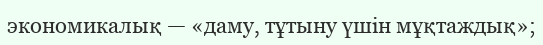
экономикалық — «даму, тұтыну үшін мұқтаждық»;